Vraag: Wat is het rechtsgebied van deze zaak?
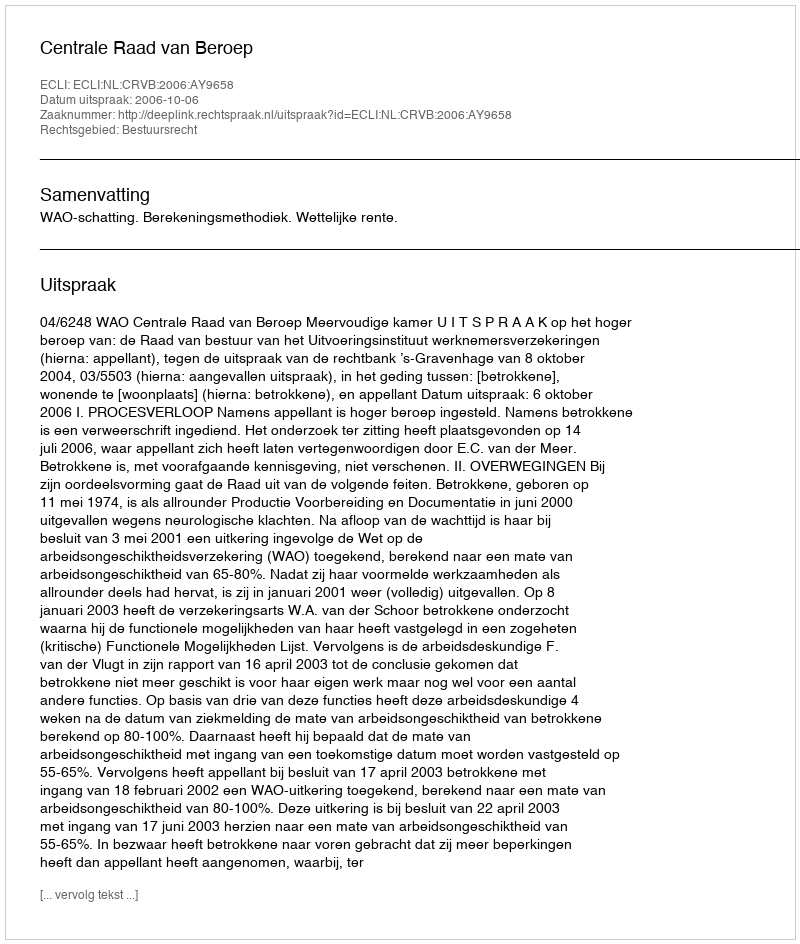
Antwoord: Bestuursrecht